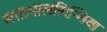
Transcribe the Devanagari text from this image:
सक्तपालसिन्धिया